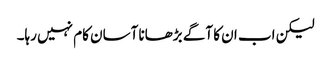
لیکن اب ان کا آگے بڑھانا آسان کام نہیں رہا۔